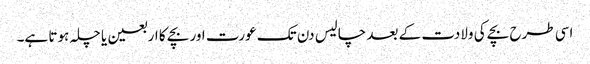
اسی طرح بچے کی ولادت کے بعد چالیس دن تک عورت اور بچے کا اربعین یا چلہ ہوتا ہے۔